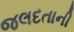
જલદતાની